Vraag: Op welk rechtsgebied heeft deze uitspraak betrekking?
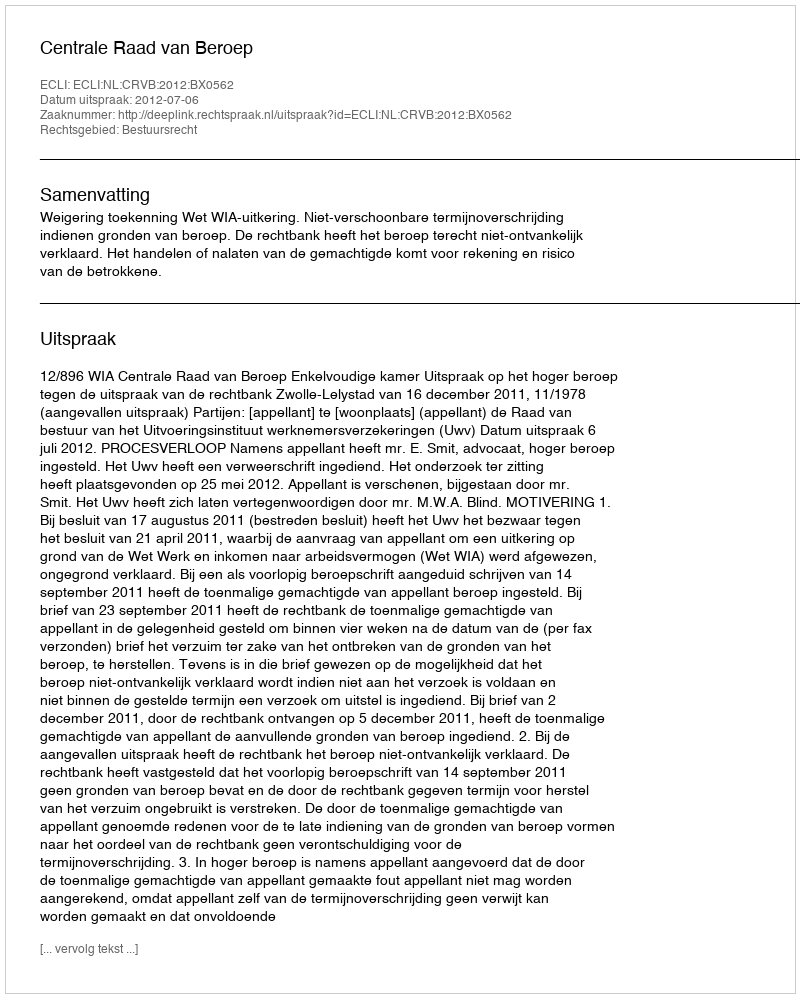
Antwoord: Bestuursrecht